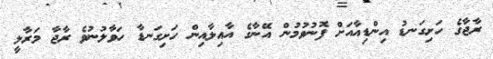
ރާޖާގެ ހަށިގަނޑު އިންޑިއާއަށް ފޮނުވުމުން އޭނާގެ އާއިލާއިން ހަށިގަނޑާ ހަވާލުނުވެ ރާޖާ މަރާލީ